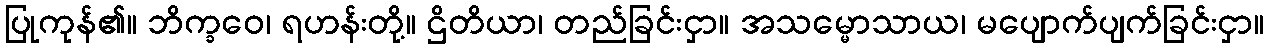
ပြုကုန်၏။ ဘိက္ခဝေ၊ ရဟန်းတို့။ ဌိတိယာ၊ တည်ခြင်းငှာ။ အသမ္မောသာယ၊ မပျောက်ပျက်ခြင်းငှာ။